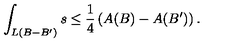
\int _ { L ( B - B ^ { \prime } ) } s \leq \frac { 1 } { 4 } \left( A ( B ) - A ( B ^ { \prime } ) \right) .